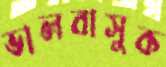
ভালবাসুক